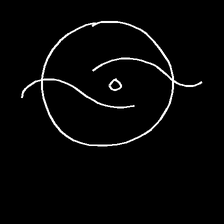
Glyph: repetition